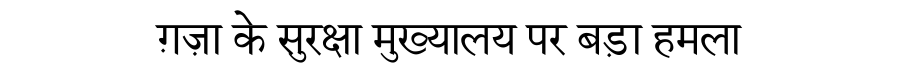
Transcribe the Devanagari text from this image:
ग़ज़ा के सुरक्षा मुख्यालय पर बड़ा हमला